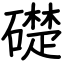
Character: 礎